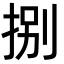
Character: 捌